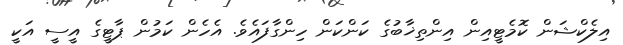
އިލެކްޝަން ކޮމެޓީއިން އިންތިޚާބުގެ ކަންކަން ހިންގާފައެވެ. އެހެން ކަމުން ޕާޓީގެ އީސީ އަކީ